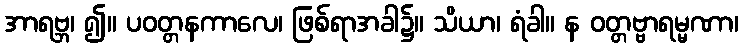
အာရဗ္ဘ၊ ၍။ ပဝတ္တနကာလေ၊ ဖြစ်ရာအခါ၌။ သိယာ၊ ရံခါ။ န ဝတ္တဗ္ဗာရမ္မဏာ၊